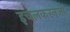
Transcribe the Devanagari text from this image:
इचलकरनजी